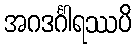
အဂဒင်္ဂါရဿပိ